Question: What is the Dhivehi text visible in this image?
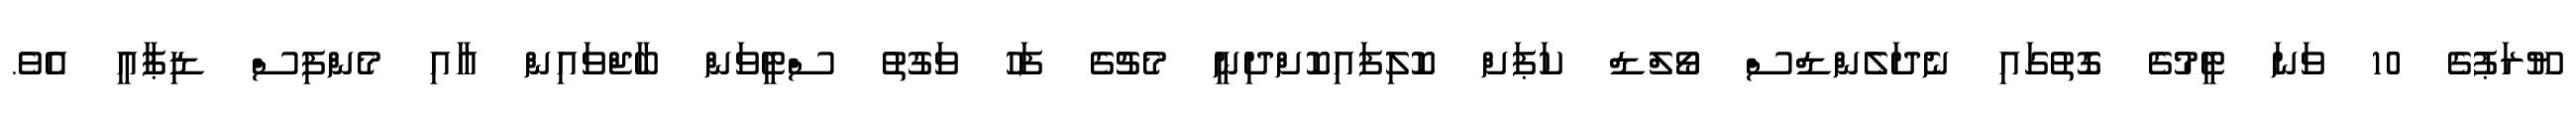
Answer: ޔޫރަޕުގެ 10 ވަނަ ޓީމުގެ ގޮތުގައި ނެދަލެންޑްސް ވޯލްޑް ކަޕަށް ކޮލިފައިކޮށްދިނީ މެޗުގެ ފަހު ވަގުތު ސްޓީވަން ބާޖްވައިން އާއި މެންފިސް ޑިޕާއީ އެވެ.